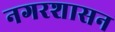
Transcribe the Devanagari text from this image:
नगरशासन